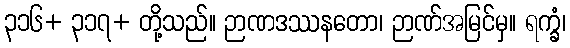
၃၁၆+ ၃၁၇+ တို့သည်။ ဉာဏဒဿနတော၊ ဉာဏ်အမြင်မှ။ ရက္ခံ၊